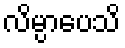
လိမ္ပာပေသိ